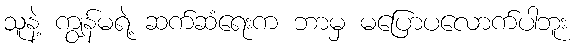
သူနဲ့ ကျွန်မရဲ့ ဆက်ဆံရေးက ဘာမှ မပြောပလောက်ပါဘူး